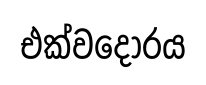
එක්වදෝරය